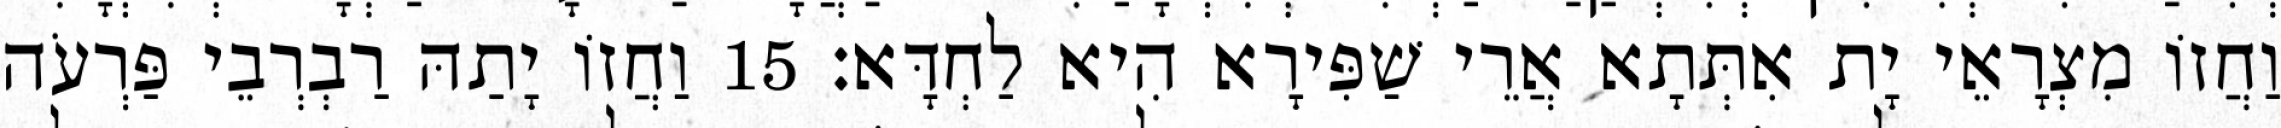
וַחֲזוֹ מִצְרָאֵי יָת אִתְּתָא אֲרֵי שַׁפִּירָא הִיא לַחְדָּא׃ 15 וַחֲזוֹ יָתַהּ רַבְרְבֵי פַּרְעֹה